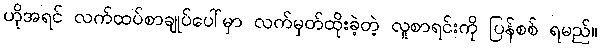
ဟိုအရင် လက်ထပ်စာချုပ်ပေါ်မှာ လက်မှတ်ထိုးခဲ့တဲ့ လူစာရင်းကို ပြန်စစ် ရမည်။